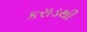
કરાડથી